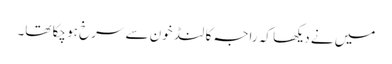
میں نے دیکھا کہ راجہ کا لنڈ خون سے سرخ ہو چکا تھا۔